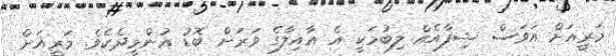
މަރީއަށް އަވަސް ޝިފާއެއް ލިބުމަކީ އެ އާއިލާގެ ވަރަށް ބޮޑު އުންމީދެކެވެ. މަރީއަށް